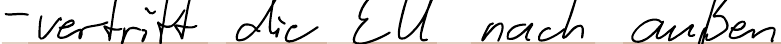
- vertritt die EU nach außen